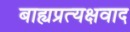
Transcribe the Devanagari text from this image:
बाह्यप्रत्यक्षवाद